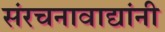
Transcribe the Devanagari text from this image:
संरचनावाद्यांनी